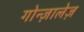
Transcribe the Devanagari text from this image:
गोन्ज़ालेज़